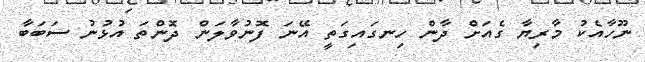
ނޫހާއެކު މާރިޔާ ގެއަށް ދާން ހިނގައިގަތީ އޭނަ ފޮނުވާލަން ދޮންތަ އުޅުނު ސަބަބާ